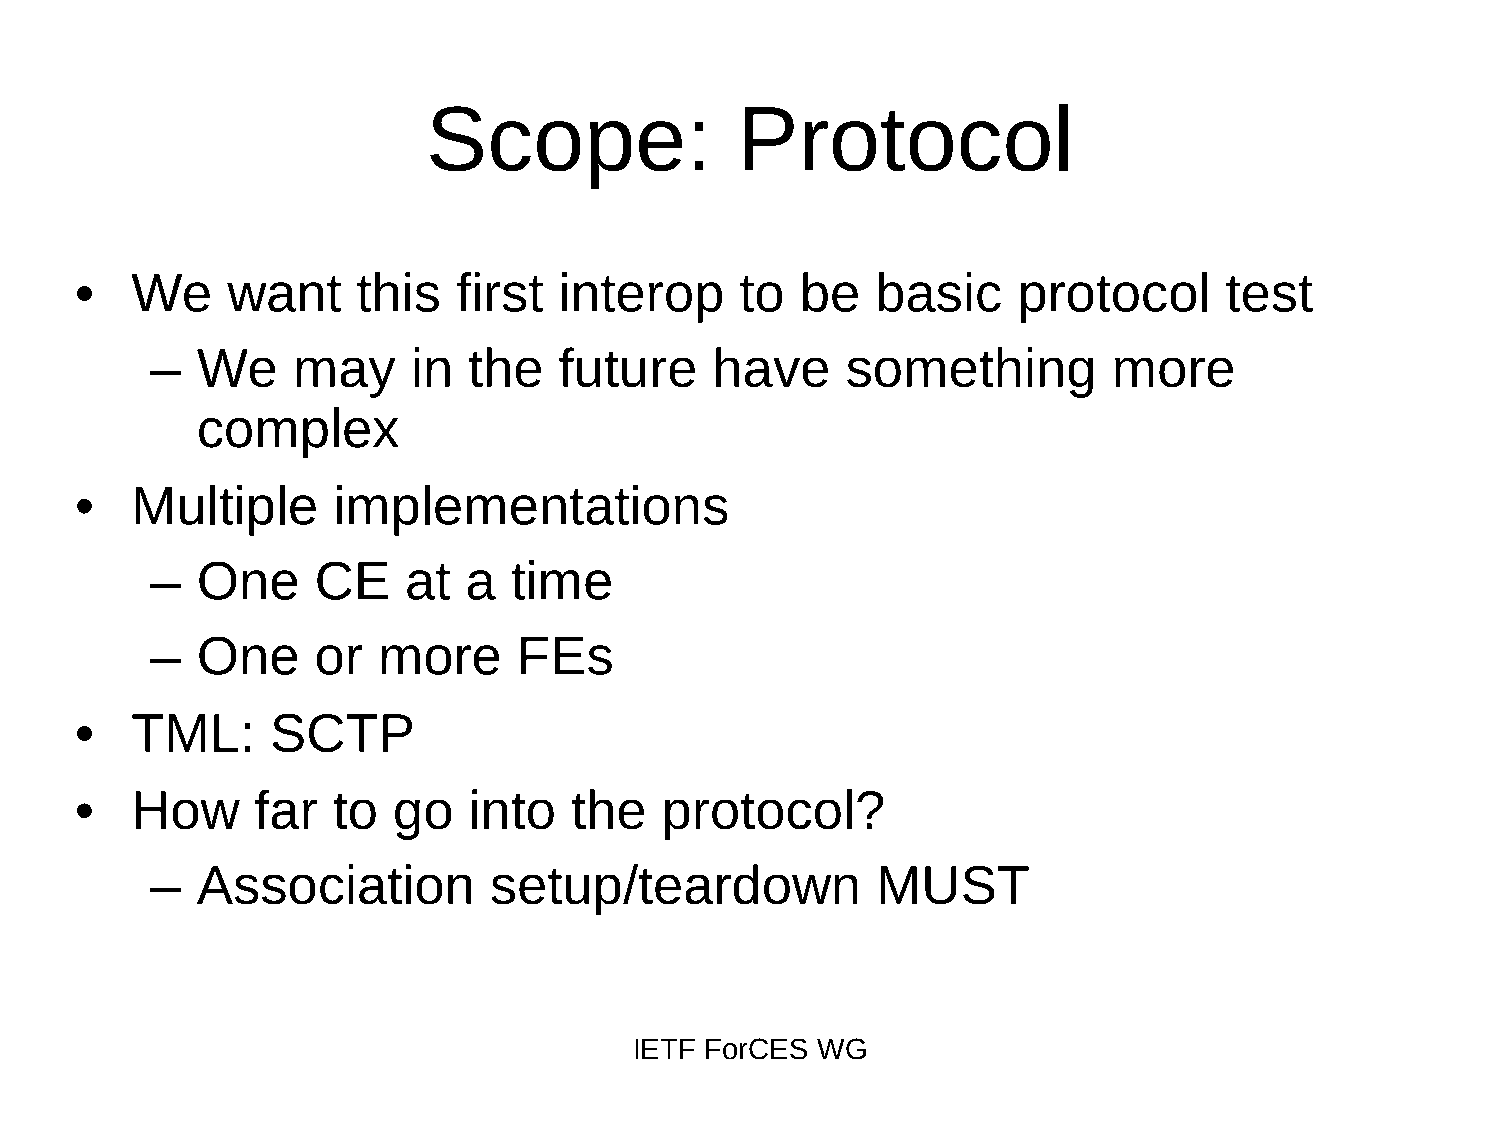
Scope:               Protocol
 •   We    want     this  first  interop     to  be   basic    protocol      test
 –  We    may     in  the   future    have     something         more
 complex
 •   Multiple     implementations
 –  One     CE    at  a  time
 –  One     or  more     FEs
 •   TML:     SCTP
 •   How     far  to  go   into   the   protocol?
 –  Association        setup/teardown            MUST
 IETF ForCES WG